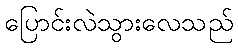
ပြောင်းလဲသွားလေသည်